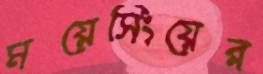
ময়েসিংয়ের